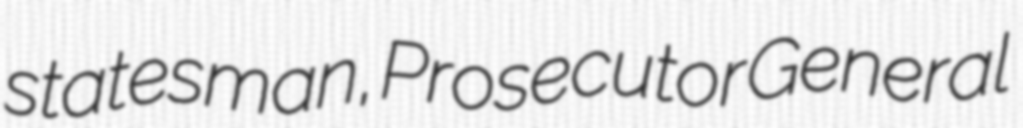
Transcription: statesman, Prosecutor General